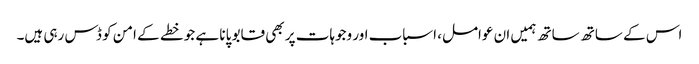
اس کے ساتھ ساتھ ہمیں ان عوامل، اسباب اور وجوہات پر بھی قابو پانا ہے جو خطے کے امن کو ڈس رہی ہیں۔